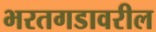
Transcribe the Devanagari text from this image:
भरतगडावरील